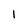
Character: 1